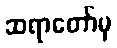
ဆရာတော်မှ